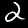
Digit: 2